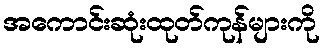
အကောင်းဆုံးထုတ်ကုန်များကို